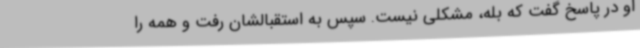
او در پاسخ گفت که بله، مشکلی نیست. سپس به استقبالشان رفت و همه را